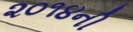
૨૦૧૪ની